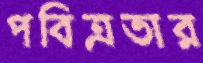
পবিত্রতার